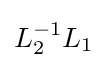
L_{2}^{-1}L_{1}